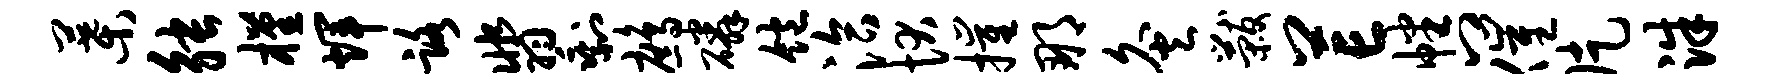
叶觖槿辉路翡剩鹧磷饱洽状摧那灸黻芒幡八催片洙